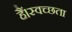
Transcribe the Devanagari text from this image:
हैं।स्वच्छता